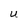
Character: U